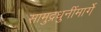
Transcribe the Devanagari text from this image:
सामुद्रधुनींमार्गे